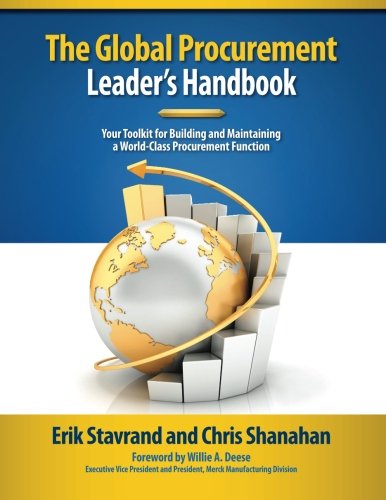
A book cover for Global Procurement Leaders Handbook: Your Toolkit for Building and Maintaining a World-Class Procurement Function; Erik Stavrand; Business & Money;